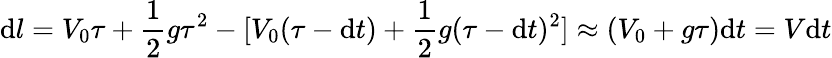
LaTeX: \mathrm{d}l=V_{0}\tau+\frac{{1}}{{2}}g\tau^{2}-[V_{0}(\tau-\mathrm{d}t)+\frac{{1}}{{2}}g(\tau-\mathrm{d}t)^{2}]\approx(V_{0}+g\tau)\mathrm{d}t=V\mathrm{d}t